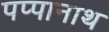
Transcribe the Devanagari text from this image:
पप्पानाथ